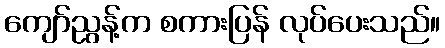
ကျော်ညွန့်က စကားပြန် လုပ်ပေးသည်။